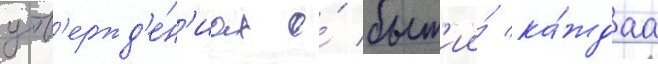
утв'ержд'е́н'иах о́ быт'ии́ ка́ждаа